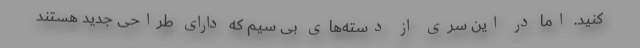
کنید. اما در این سری از دسته‌های بی سیم که دارای طراحی جدید هستند